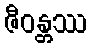
ဇီဝန္တဿ